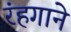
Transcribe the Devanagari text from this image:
रंहगाने